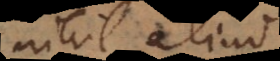
nihil aliud